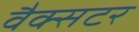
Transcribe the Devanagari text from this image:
वैक्सटर